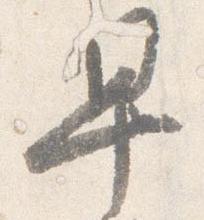
早